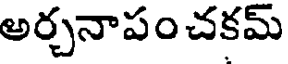
అర్చనాపంచకమ్